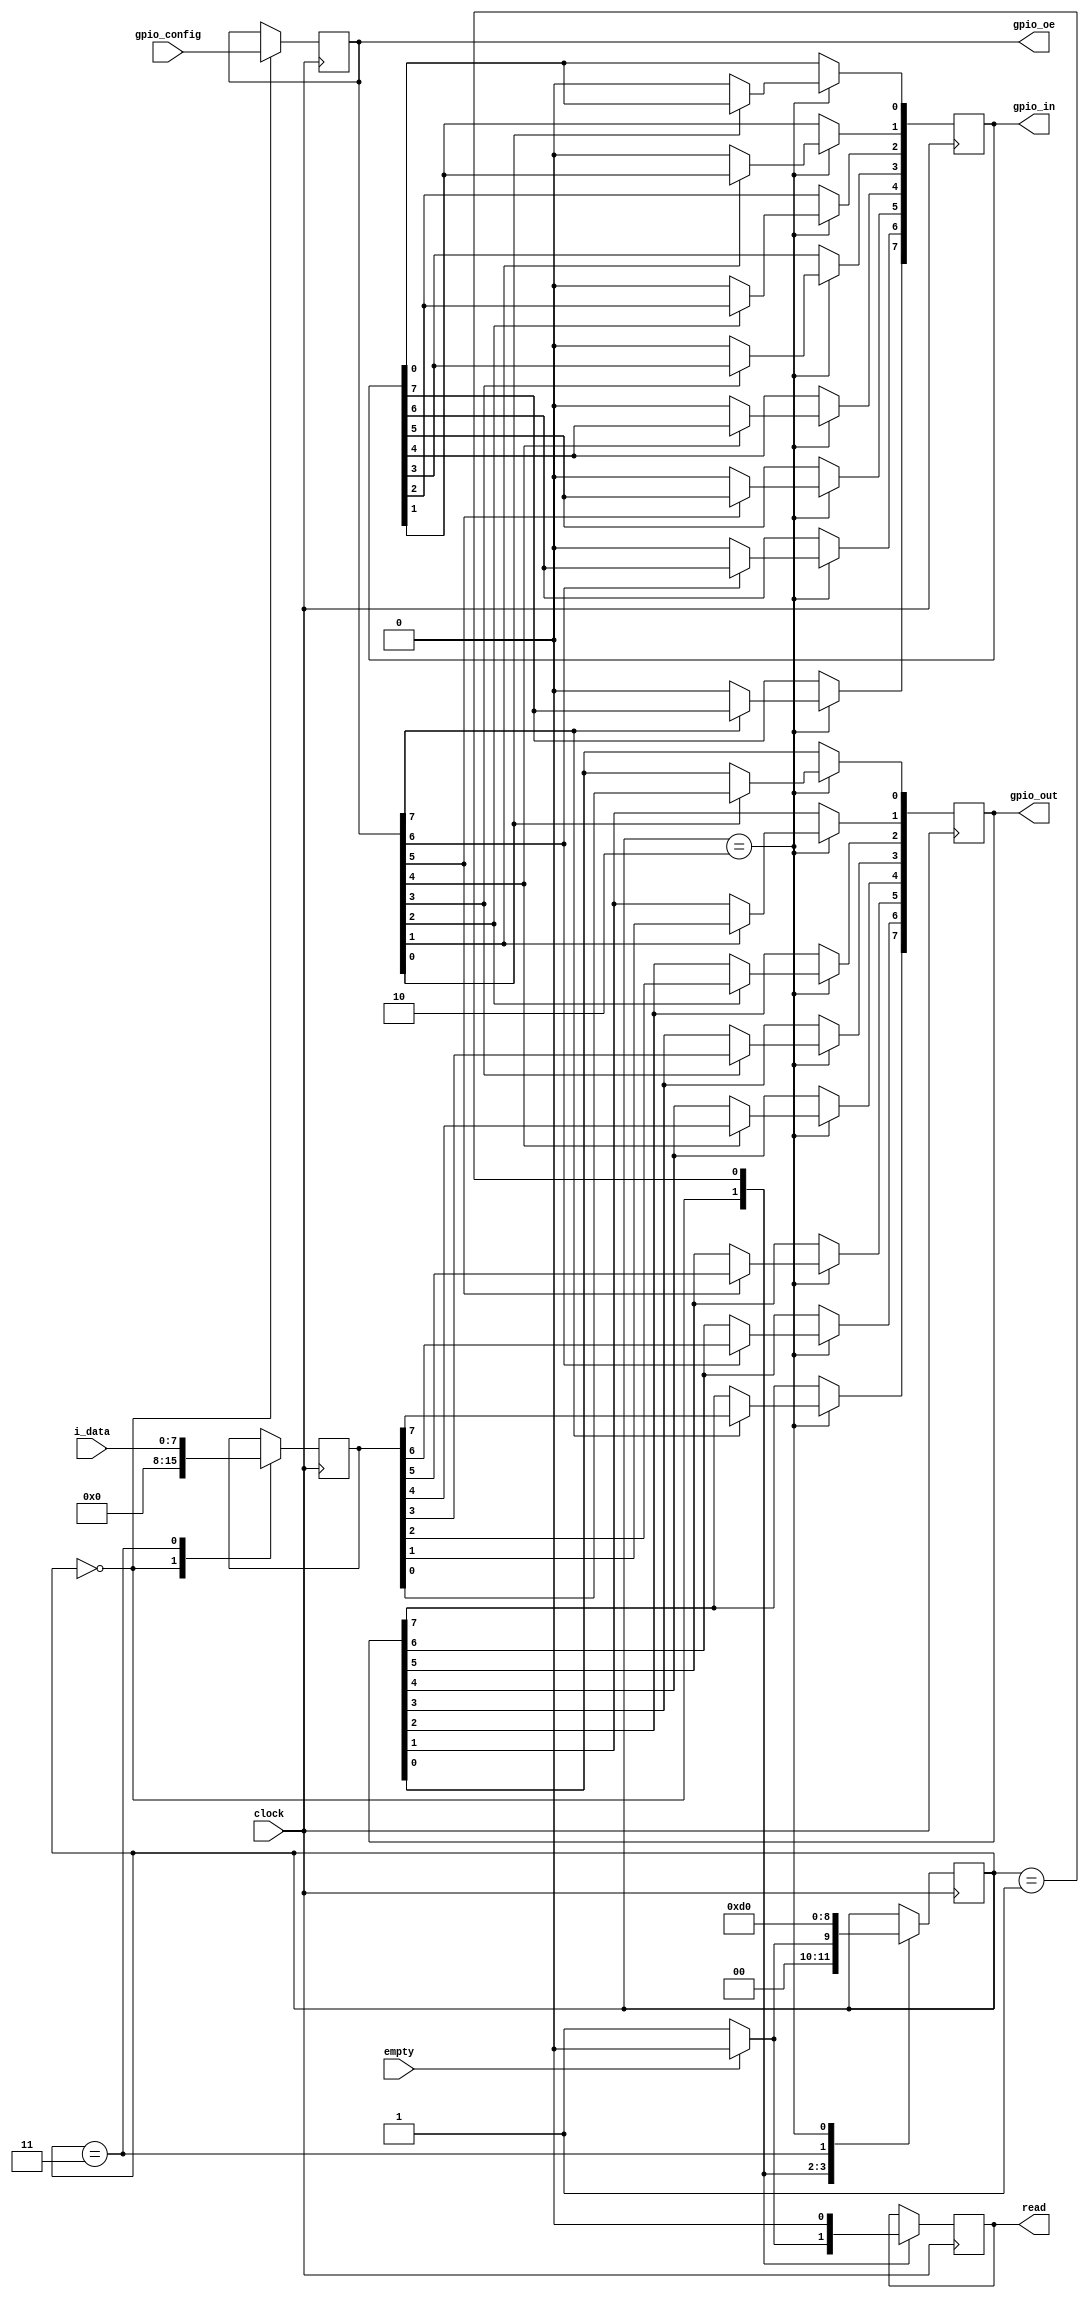
module gpio_ctrl #(
       parameter DATAWIDTH = 8
)(
    input                         clock,
    input                         empty,
    input       [DATAWIDTH-1:0]   i_data,
    input       [DATAWIDTH-1:0]   gpio_config, //1 1 for config 0 then data
    
    output                        read,
    output      [DATAWIDTH-1:0]   gpio_oe,
    output  reg [DATAWIDTH-1:0]   gpio_out,
    output       [DATAWIDTH-1:0]  gpio_in
    
);

    reg [DATAWIDTH-1:0] g_data;// input i data
    reg [DATAWIDTH-1:0] g_in_data;// output gpio in input mode
    reg [DATAWIDTH-1:0] g_oe; // configuration 
    integer i;
    reg g_rd_en;
    
    reg [2:0] g_state=0;
    parameter idle = 3'd0;
    parameter setup = 3'd1;
    parameter configure = 3'd2;
    parameter hold = 3'd3; 
   // parameter configure = 3'd4;
    
    always @ (posedge clock) begin
        case(g_state)
            idle:
                begin
                     g_data <=0;
                     g_rd_en <=0;
                     g_oe <= gpio_config;
                    if(!empty) begin
                        g_rd_en <= 1'b1;
                        g_state <= setup;
                end
                    else begin
                        g_state <= idle;
                end
                end
                
            setup: 
                begin
                    g_rd_en <= 0;
                   g_state <= hold;
                end
                
                 hold:
                begin
                     g_data <= i_data;
                     g_state <= configure;
                end
             configure: 
                begin
                for (i = 0; i < DATAWIDTH; i = i + 1) begin
                        if (!g_oe[i]) begin
                            g_in_data[i] <= 0; 
                        end else begin
                            gpio_out[i] <= g_data[i];
                        end
                    end
                            g_state <= idle;
                end
         endcase
    end
   assign read = g_rd_en;
   assign gpio_oe = g_oe;
   assign gpio_in = g_in_data;
endmodule